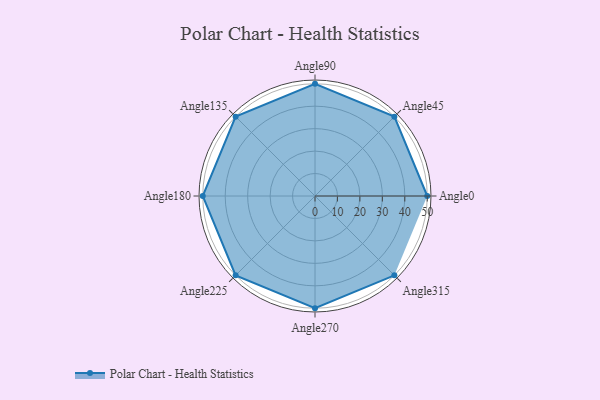
{"axis": {"x": "Angle", "y": "Radius"}, "legend": [""], "data": [{"x": "Angle0", "y": 50, "type": ""}, {"x": "Angle45", "y": 50, "type": ""}, {"x": "Angle90", "y": 50, "type": ""}, {"x": "Angle135", "y": 50, "type": ""}, {"x": "Angle180", "y": 50, "type": ""}, {"x": "Angle225", "y": 50, "type": ""}, {"x": "Angle270", "y": 50, "type": ""}, {"x": "Angle315", "y": 50, "type": ""}]}